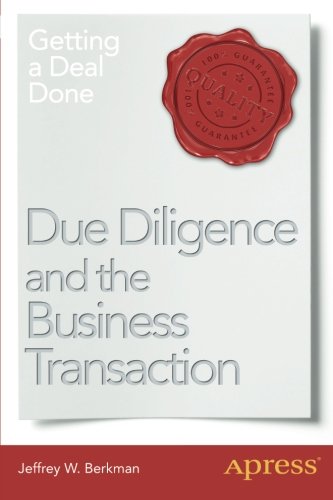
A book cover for Due Diligence and the Business Transaction: Getting a Deal Done; Jeffrey W. Berkman; Business & Money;